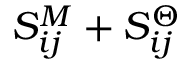
S _ { i j } ^ { M } + S _ { i j } ^ { \Theta }